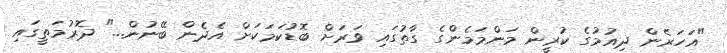
"އަހަރެން ދިއުމުގެ ކުރީން މަންމަމެންގެ ގާތުގައި ވަރަށް ބޮޑުކަމަކަށް އެދެން ބޭނުން..." ދޮރުމަތީގައި